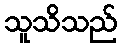
သူသိသည်